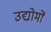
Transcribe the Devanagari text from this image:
उद्योमों